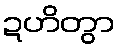
ဍဟိတွာ